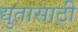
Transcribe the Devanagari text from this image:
द्युतासाठी